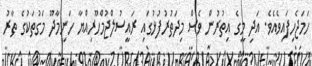
ހަމަޖެހިފައިވެއެވެ. އަދި މީގެ އިތުރުން ވެސް މިދަތުރުފުޅުގައި ރައީސުލްޖުމްހޫރިއްޔާ ހަނިމާދޫ މަގުތަކުގެ ތާރު